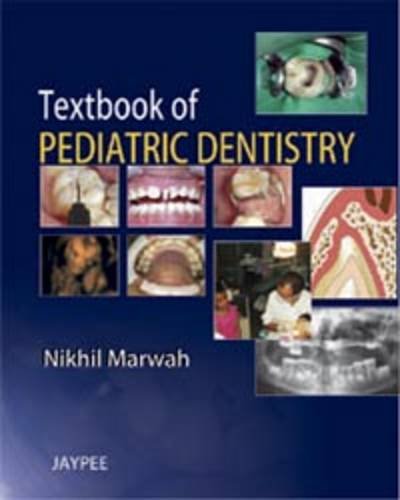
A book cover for Textbook of Pediatric Dentistry; Nikhil Marwah; Medical Books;